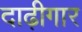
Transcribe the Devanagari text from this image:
दाढ़ीगार